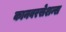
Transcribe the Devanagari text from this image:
कानवरसेशन्स